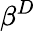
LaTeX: \beta^{D}